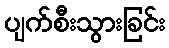
ပျက်စီးသွားခြင်း